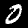
Digit: 0